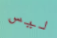
ليس